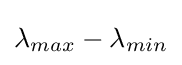
\lambda _{max}-\lambda _{min}